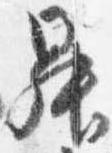
昇